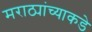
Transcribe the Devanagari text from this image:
मराठ्यांच्याकडे